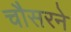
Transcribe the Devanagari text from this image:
चौसरने